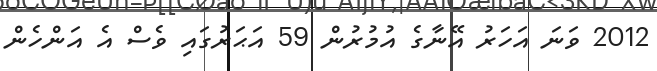
2012 ވަނަ އަހަރު އޭނާގެ އުމުރުން 59 އަޙަރުގައި ވެސް އެ އަންހެން